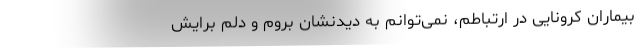
بیماران کرونایی در ارتباطم، نمی‌توانم به دیدنشان بروم و دلم برایش